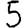
Digit: 5